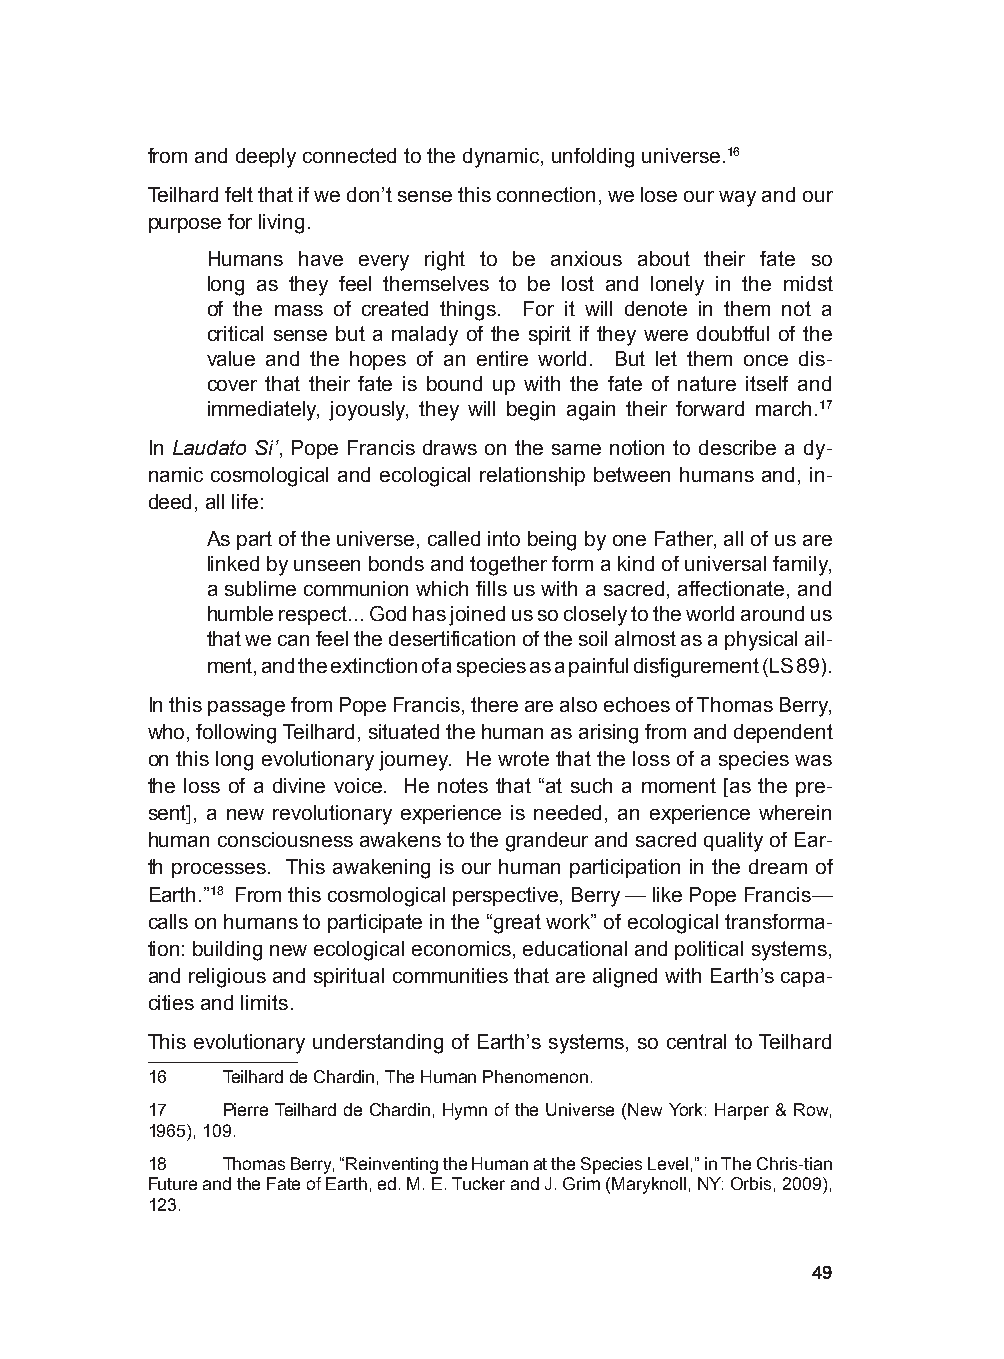
from and deeply connected to the dynamic, unfolding universe.16
 Teilhard felt that if we don’t sense this connection, we lose our way and our
 purpose for living.
 Humans have every right to be anxious about their fate so
 long as they feel themselves to be lost and lonely in the midst
 of the mass of created things. For it will denote in them not a
 critical sense but a malady of the spirit if they were doubtful of the
 value and the hopes of an entire world. But let them once dis-
 cover that their fate is bound up with the fate of nature itself and
 immediately, joyously, they will begin again their forward march.17
 In Laudato Si’, Pope Francis draws on the same notion to describe a dy-
 namic cosmological and ecological relationship between humans and, in-
 deed, all life:
 As part of the universe, called into being by one Father, all of us are
 linked by unseen bonds and together form a kind of universal family,
 a sublime communion which fills us with a sacred, affectionate, and
 humble respect... God has joined us so closely to the world around us
 that we can feel the desertification of the soil almost as a physical ail-
 ment, and the extinction of a species as a painful disfigurement (LS 89).
 In this passage from Pope Francis, there are also echoes of Thomas Berry,
 who, following Teilhard, situated the human as arising from and dependent
 on this long evolutionary journey. He wrote that the loss of a species was
 the loss of a divine voice. He notes that “at such a moment [as the pre-
 sent], a new revolutionary experience is needed, an experience wherein
 human consciousness awakens to the grandeur and sacred quality of Ear-
 th processes. This awakening is our human participation in the dream of
 Earth.”18 From this cosmological perspective, Berry — like Pope Francis—
 calls on humans to participate in the “great work” of ecological transforma-
 tion: building new ecological economics, educational and political systems,
 and religious and spiritual communities that are aligned with Earth’s capa-
 cities and limits.
 This evolutionary understanding of Earth’s systems, so central to Teilhard
 16   Teilhard de Chardin, The Human Phenomenon.
 17   Pierre Teilhard de Chardin, Hymn of the Universe (New York: Harper & Row,
 1965), 109.
 18   Thomas Berry, “Reinventing the Human at the Species Level,” in The Chris-tian
 Future and the Fate of Earth, ed. M. E. Tucker and J. Grim (Maryknoll, NY: Orbis, 2009),
 123.
 49